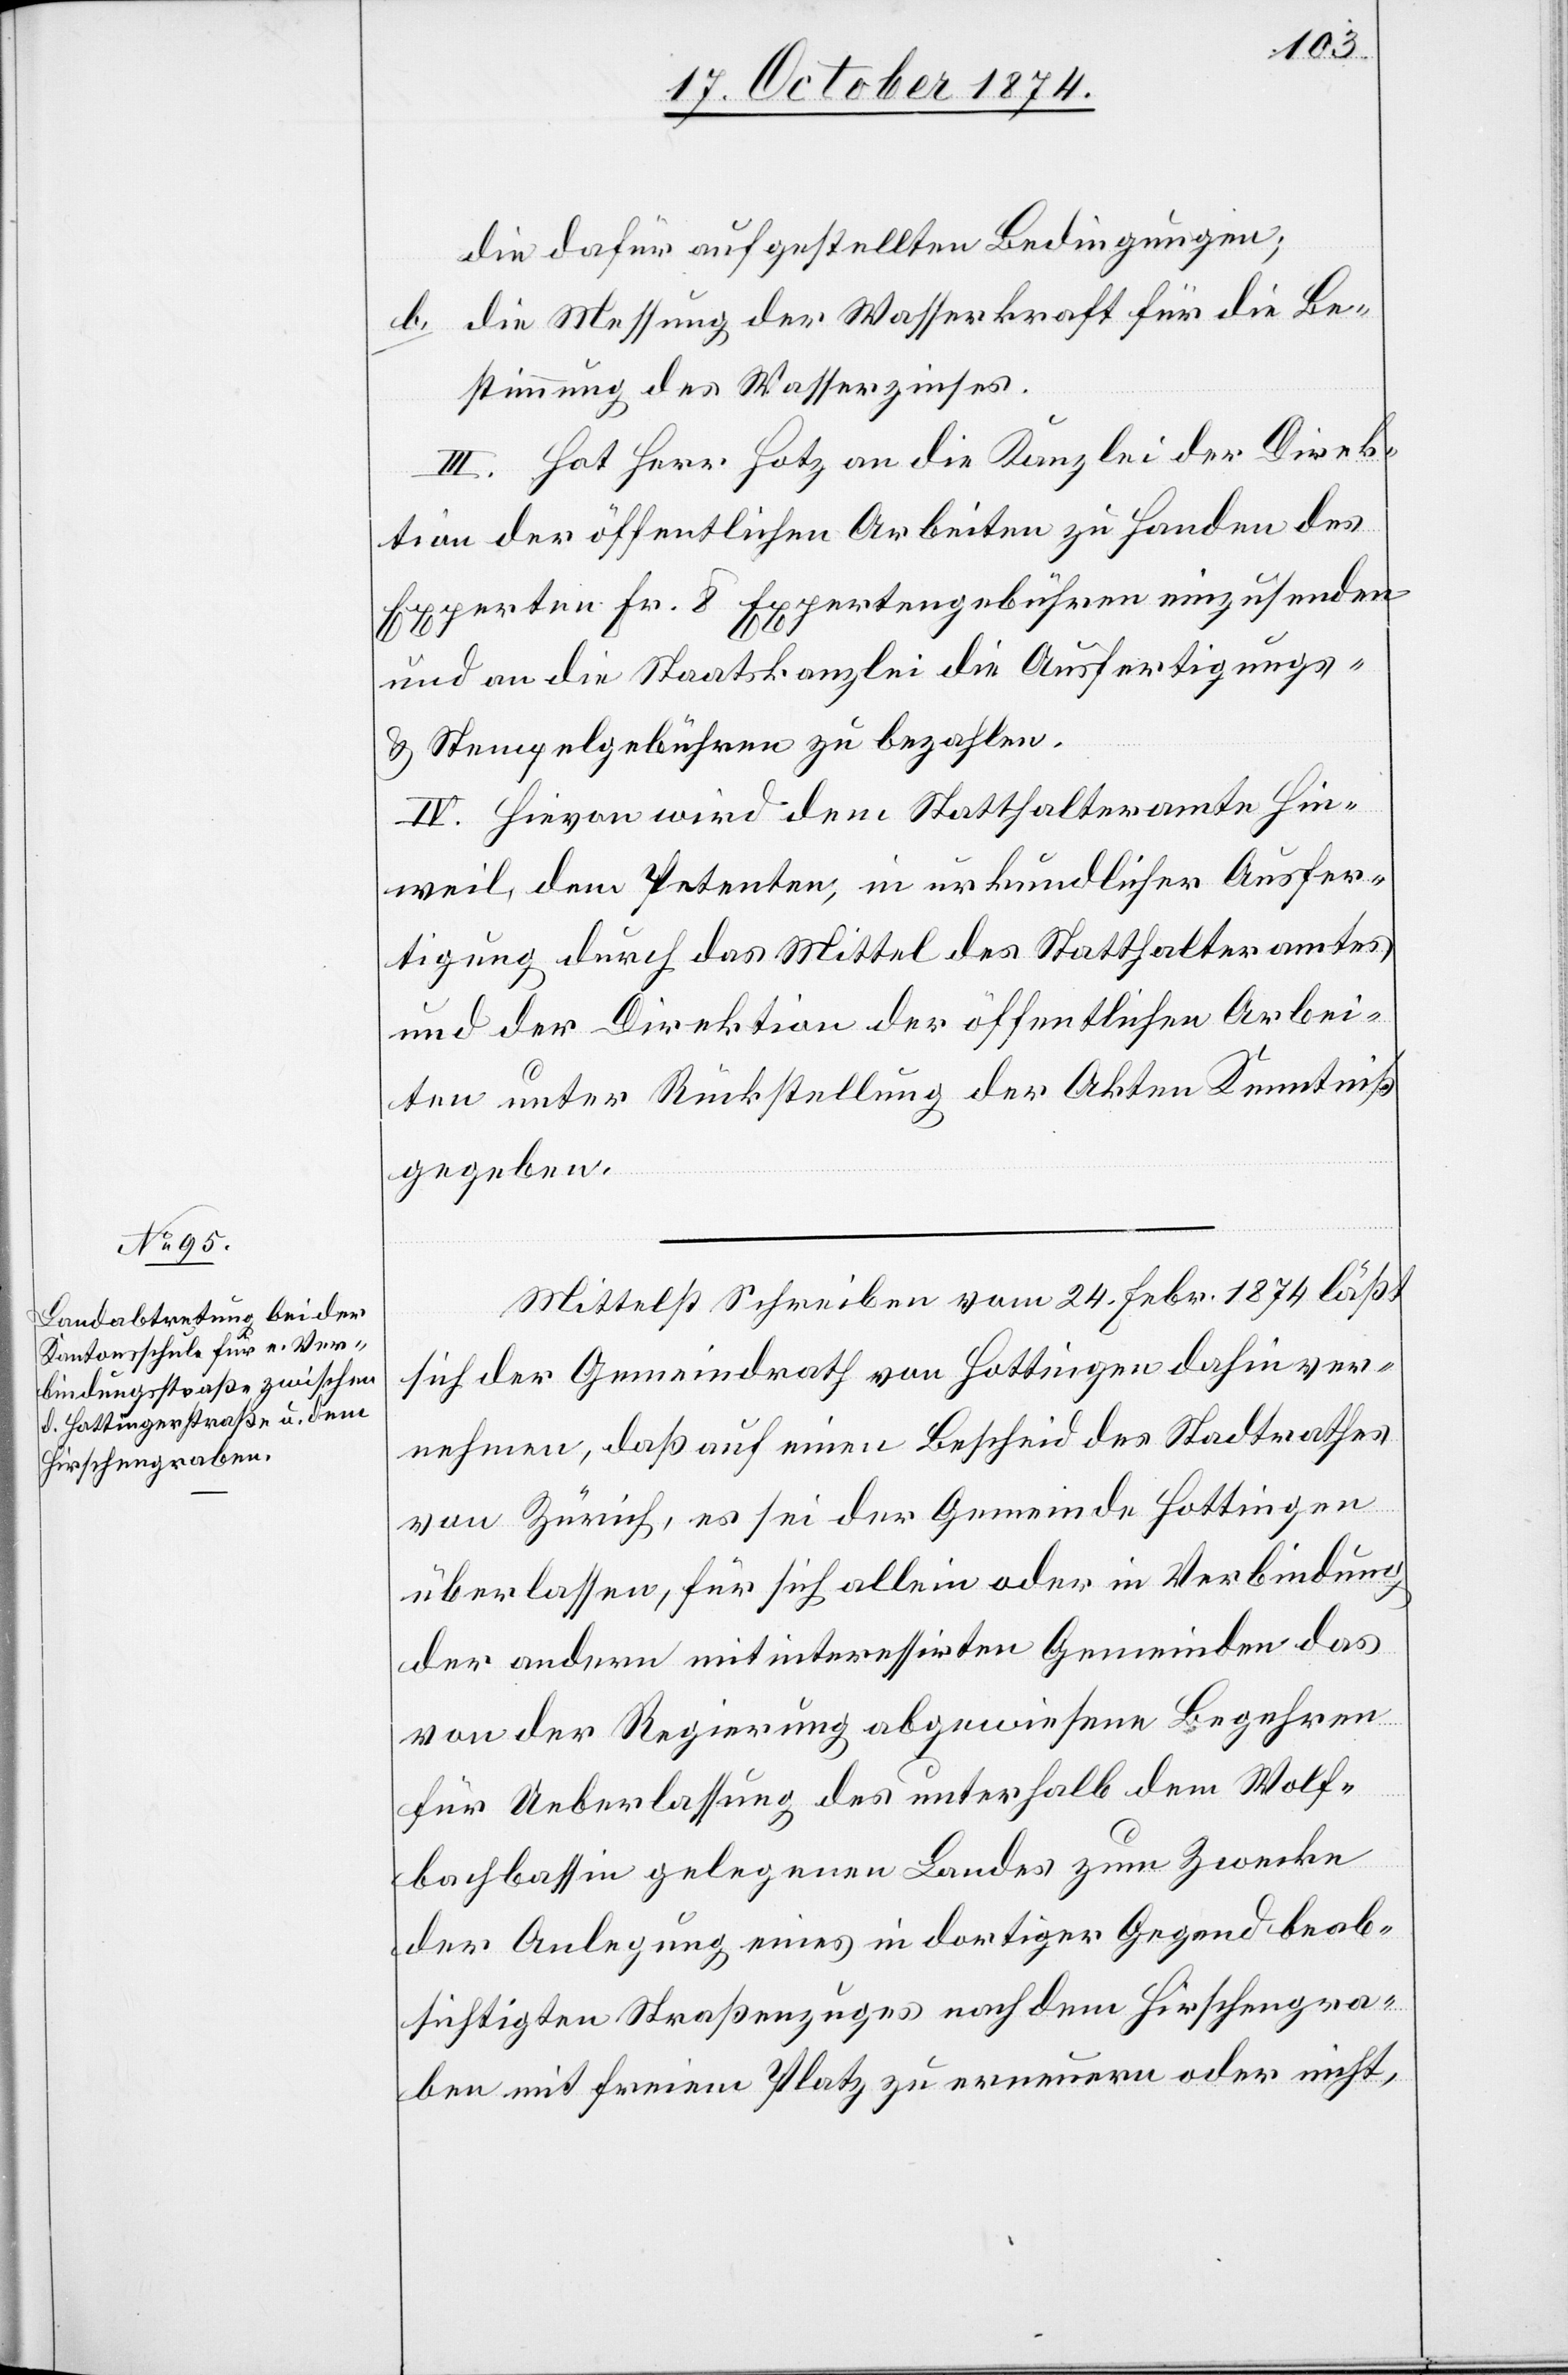
die dafür aufgestellten Bedingungen;
b. die Messung der Wasserkraft für die Be¬
stimmung des Wasserzinses.
III. Hat Herr Hotz an die Kanzlei der Direk¬
tion der öffentlichen Arbeiten zu Handen des
Experten Fr. 8 Expertengebühren einzusenden
und an die Staatskanzlei die Ausfertigungs-
& Stempelgebühren zu bezahlen.
IV. Hievon wird dem Statthalteramte Hin¬
weil, dem Petenten, in urkundlicher Ausfer¬
tigung durch das Mittel des Statthalteramtes
und der Direktion der öffentlichen Arbei¬
ten unter Rückstellung der Akten Kenntniß
gegeben.
Mittelst Schreiben vom 24. Febr. 1874 läßt
sich der Gemeindrath von Hottingen dahin ver¬
nehmen, daß auf einen Bescheid des Stadtrathes
von Zürich, es sei der Gemeinde Hottingen
überlassen, für sich allein oder in Verbindung
der andern mit interessirten Gemeinden das
von der Regierung abgewiesene Begehren
für Ueberlassung des unterhalb dem Wolf¬
bachbassin gelegenen Landes zum Zwecke
der Anlegung eines in dortiger Gegend beab¬
sichtigten Straßenzuges nach dem Hirschengra¬
ben mit freiem Platz zu erneuern oder nicht,